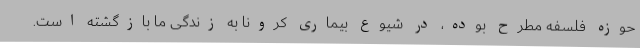
حوزه فلسفه مطرح بوده، در شیوع بیماری کرونا به زندگی ما بازگشته است.